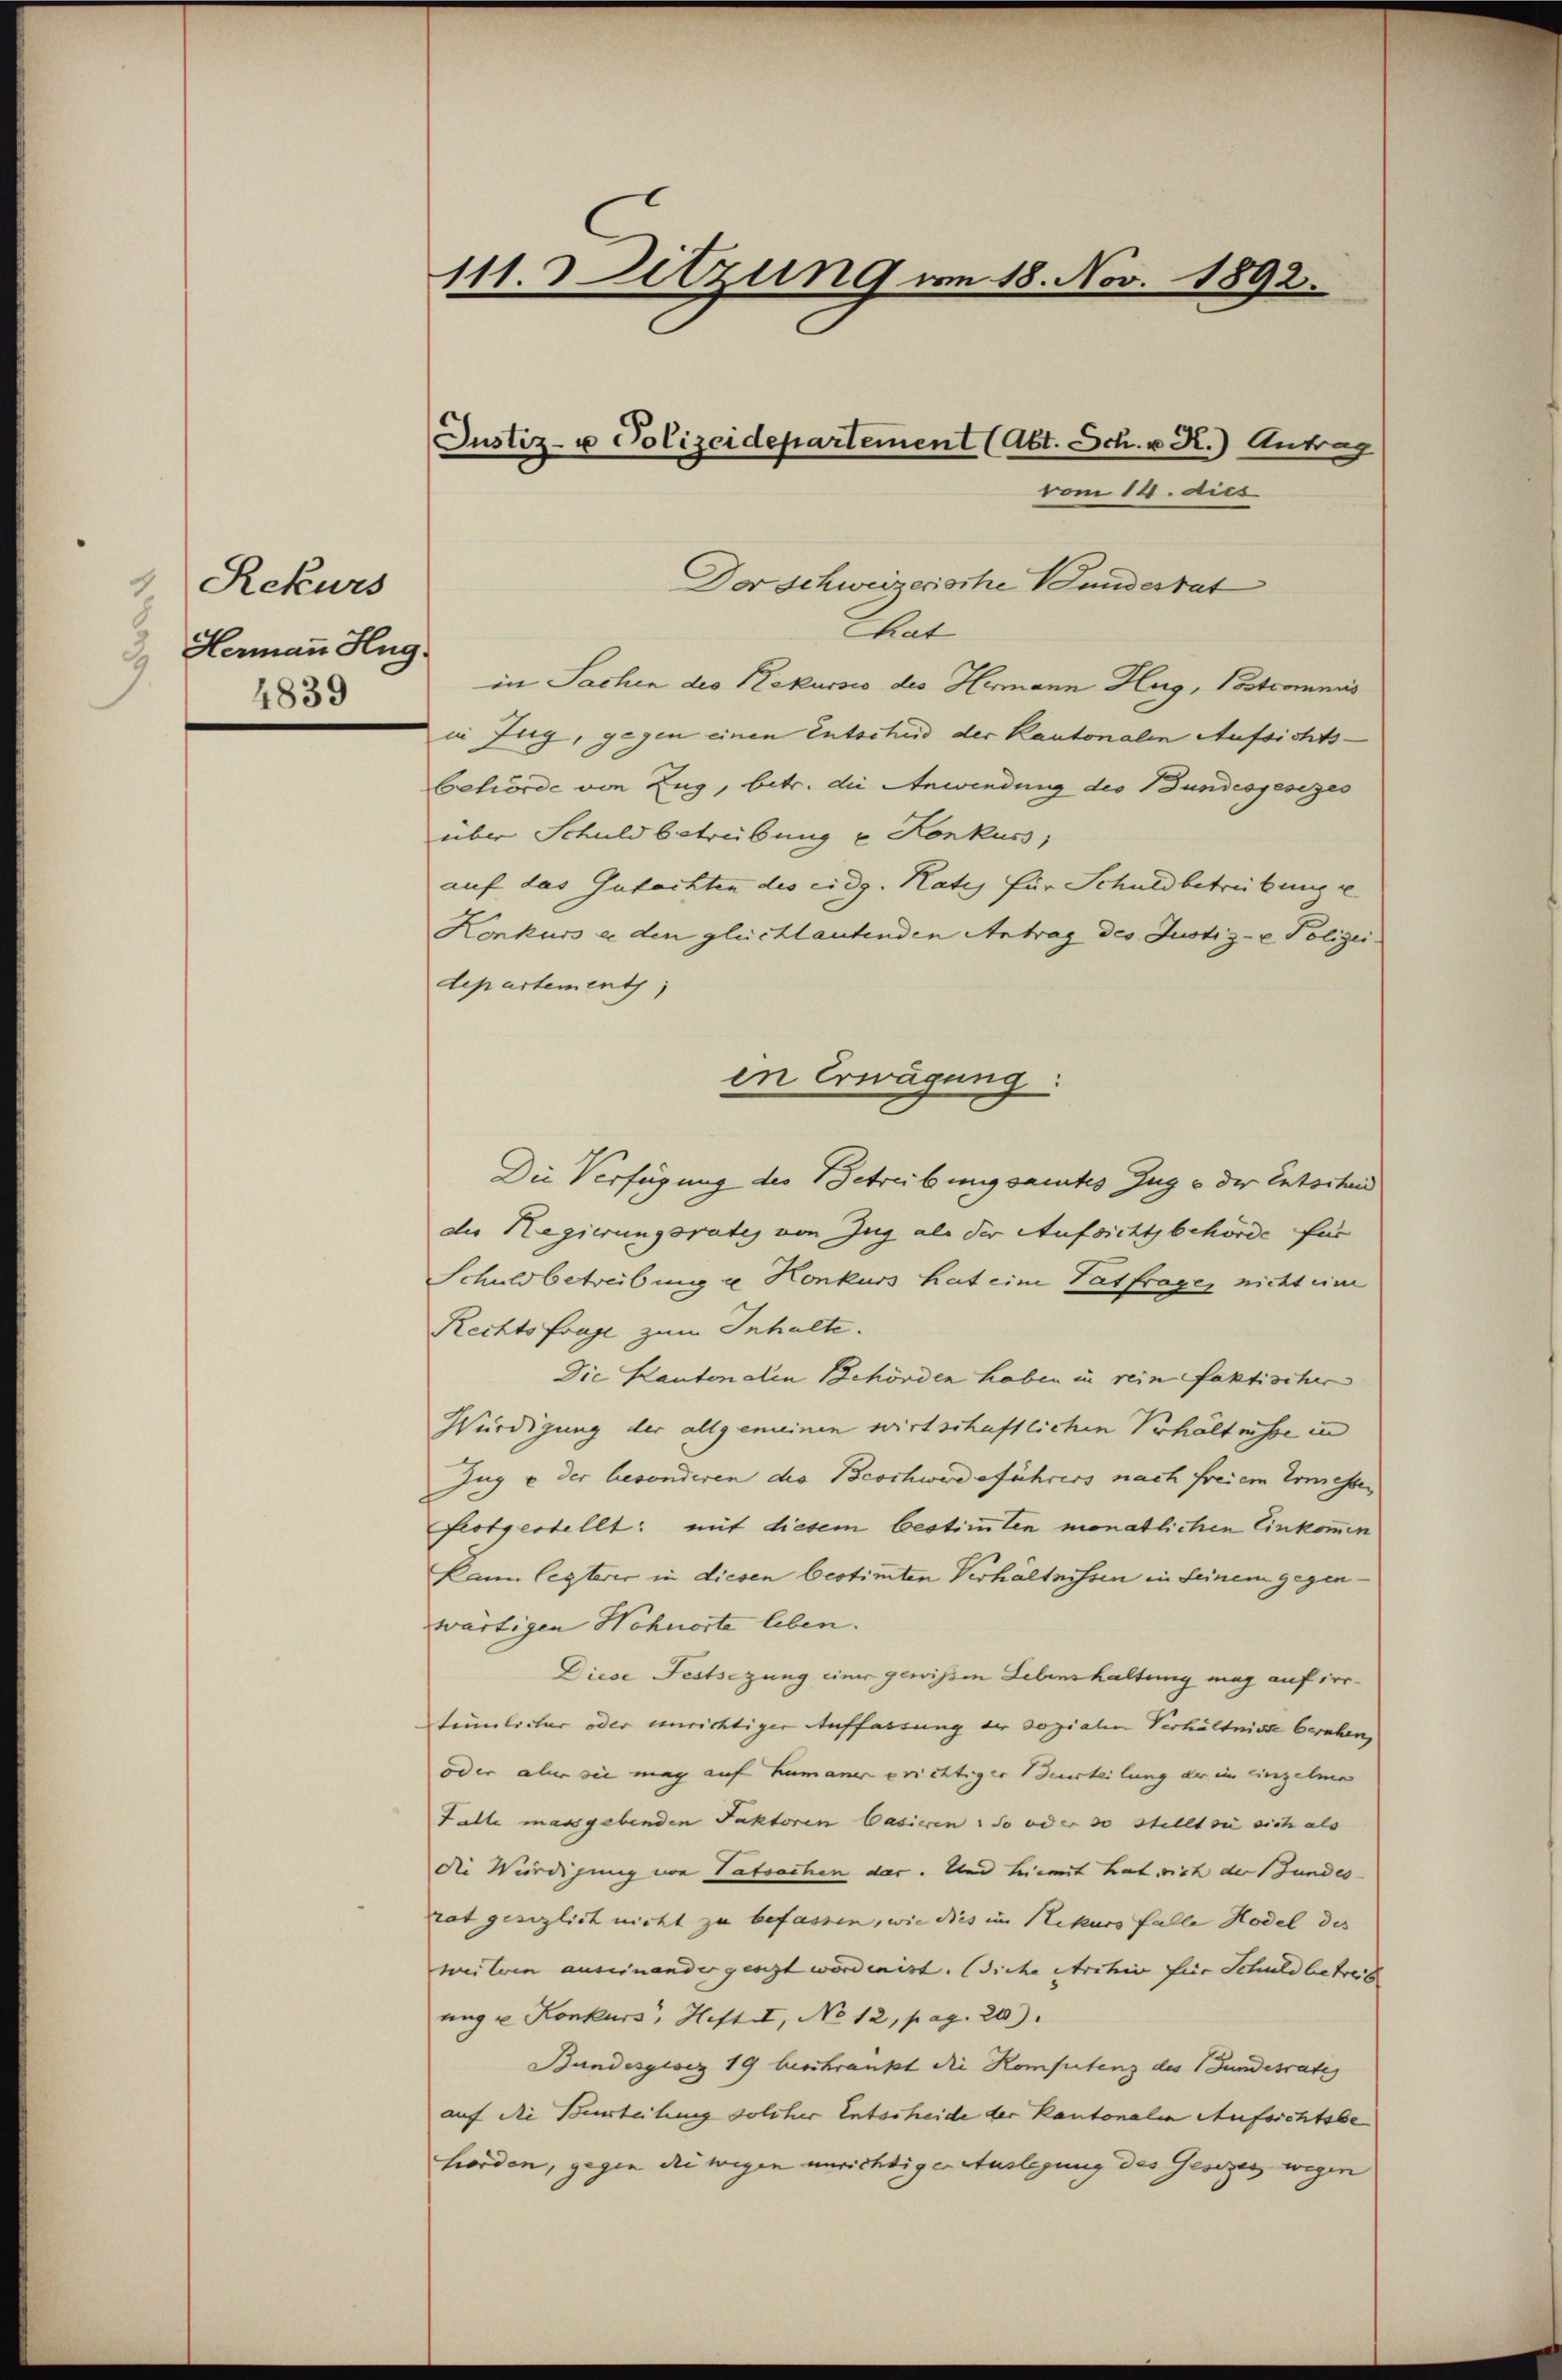
Rekurs
3
3. Hermann Hug.
4839

Chat
in Sachen des Rekursio des Hermann Hug, Postcommis
in Zug, gegen einen Entschuld der Kantonalen Aufsichtsbehörde von Zug, betr. die Anwendung des Bundesgesezes
über Schuld betreibung u. Konkuss
auf das Gutachten des eidg. Rates für Schuldbetreibung e
Konkurs er den gleichlautenden Antrag des Justiz- & Polizeidepartements
Die Verfügung des Betreibung samtes Zug & der Entschen
der Regierungsrates von Zug als der Aufsichtsbehörde für
Schuldbetreibung u Konkurs hat eine Tatfrages nicht eine
Rechtsfrage zum Inhalte.
Die Kautenalen Behörden haben in rein faktischer
Würdigung der allgemeinen wirtschaftlichen Verhältnisse in
Zug u der besonderen die Beschwerdeführers nach freiem Ermessen
festgestellt: mit diesem bestimmten monatlichen Einkommen
kann legterer in diesen bestimmten Verhältnissen in seinem gegenwärtigen Höhnorte leben.
Diese Festsezung einer gewissen Lebenshaltung mag auf irrtümlicher oder unrichtiger Auffassung der sozialen Verhältnisse beruhen,
oder aber sie mag auf humaner erichtiger Beurteilung der in einzelne
Falle massgebenden Faktoren Casieren, so oder so stellt sie sich als
die Würdigung von Tatsachen dar. Und hiemit hat sich der Gundes
rat gesezlich nicht zu befassen, wie dies im Rekurs falle Hodel des
weiteren auseinander gesezt worden ist. Siche Archiv für Schuldbetreit
nng u Konkurs, Heft II, No 12, pag. 20).
Bundesgesez 19 beschränkt die Kompetenz des Bundesrates
auf die Beurteilung solcher Entscheide der Kantonalen Aufsichtsbe
horden, gegen die wegen unrichtiger Auslegung des Gesezes wegen

111. Sitzung von 18. Nov. 1892.

Justiz- u Polizeidepartement (Abt. Sch. v. R.) Antrag
vom 14. dies

Der Schweizerische Landesrat

in Erwägung: